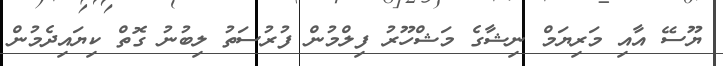
ޔޫސޭ އާއި މަރިޔަމް ނިޝާގެ މަޝްހޫރު ފިލްމުން ފުރުސަތު ލިބުނު ގޮތް ކިޔައިދެމުން